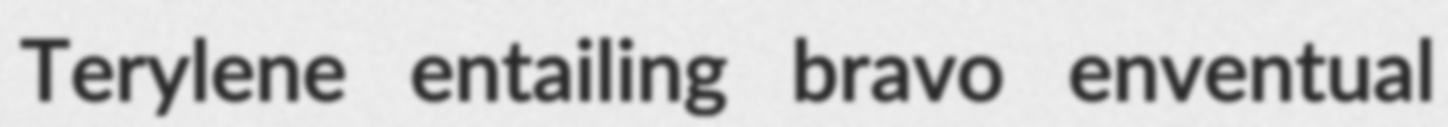
Terylene entailing bravo enventual